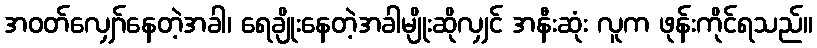
အဝတ်လျှော်နေတဲ့အခါ၊ ရေချိုးနေတဲ့အခါမျိုးဆိုလျှင် အနီးဆုံး လူက ဖုန်းကိုင်ရသည်။